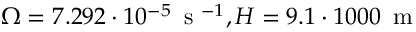
\Omega = 7 . 2 9 2 \cdot 1 0 ^ { - 5 } \, \mathrm { ~ s ~ } ^ { - 1 } , H = 9 . 1 \cdot 1 0 0 0 \, \mathrm { ~ m ~ }